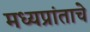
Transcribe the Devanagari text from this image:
मध्यप्रांताचे